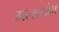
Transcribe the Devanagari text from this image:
मल्लखंभ